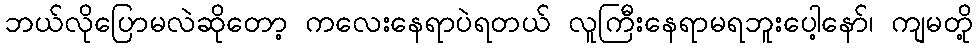
ဘယ်လိုပြောမလဲဆိုတော့ ကလေးနေရာပဲရတယ် လူကြီးနေရာမရဘူးပေါ့နော်၊ ကျမတို့